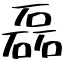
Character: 磊